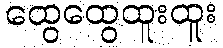
ထွေထွေထူးထူး